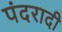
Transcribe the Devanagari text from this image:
पंदरादी